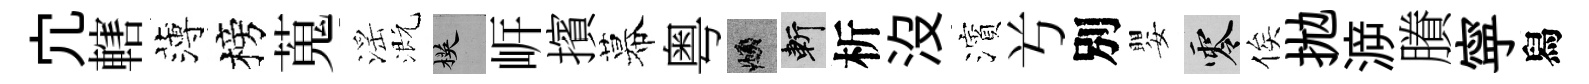
宂轄薄榜蒐滛溉楧㟁擯幕粤頫斬析沒濱𠔃別嬰零俟拋㴑賸寜舄